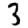
Digit: 3